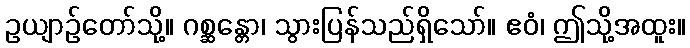
ဥယျာဉ်တော်သို့။ ဂစ္ဆန္တော၊ သွားပြန်သည်ရှိသော်။ ဧဝံ၊ ဤသို့အထူး။